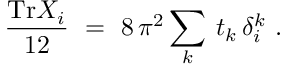
\frac { \mathrm { T r } X _ { i } } { 1 2 } \ = \ 8 \, \pi ^ { 2 } \sum _ { k } \: t _ { k } \, \delta _ { i } ^ { k } \ .